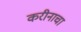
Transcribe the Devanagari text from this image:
करीनाचा